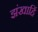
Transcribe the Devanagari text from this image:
झंखाहिं